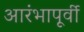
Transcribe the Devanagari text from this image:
आरंभापूर्वी